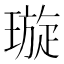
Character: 璇